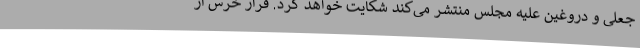
جعلی و دروغین علیه مجلس منتشر می‌کند شکایت خواهد کرد. فرار خرس از